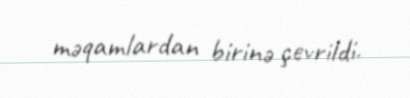
məqamlardan birinə çevrildi.